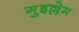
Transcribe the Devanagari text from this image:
गुइल्लेम